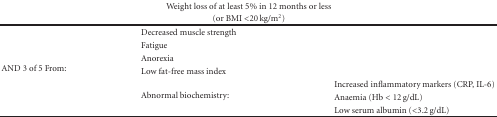
<table><thead><tr><td colspan="3"><b>Weight loss of at least 5% in 12 months or less</b></td></tr><tr><td colspan="3"><b> (or BMI &lt;20 kg/m<sup>2</sup>) </b></td></tr></thead><tbody><tr><td rowspan="7">AND 3 of 5 From:</td><td>Decreased muscle strength</td><td>[EMPTY_CELL]</td></tr><tr><td>Fatigue</td><td>[EMPTY_CELL]</td></tr><tr><td>Anorexia</td><td>[EMPTY_CELL]</td></tr><tr><td>Low fat-free mass index</td><td>[EMPTY_CELL]</td></tr><tr><td rowspan="3">Abnormal biochemistry:</td><td>Increased inflammatory markers (CRP, IL-6)</td></tr><tr><td>Anaemia (Hb &lt; 12 g/dL)</td></tr><tr><td>Low serum albumin (&lt;3.2 g/dL)</td></tr></tbody></table>